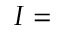
I =